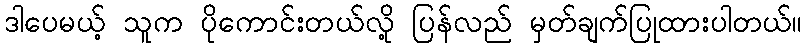
ဒါပေမယ့် သူက ပိုကောင်းတယ်လို့ ပြန်လည် မှတ်ချက်ပြုထားပါတယ်။